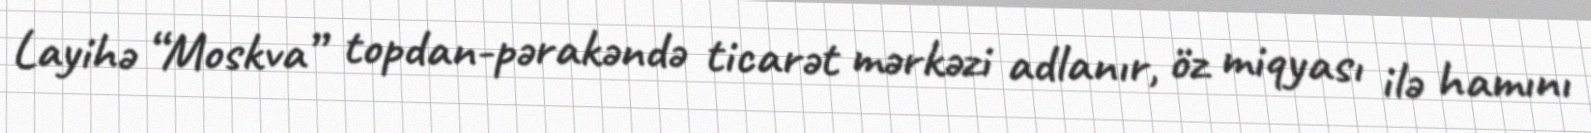
Layihə “Moskva” topdan-pərakəndə ticarət mərkəzi adlanır, öz miqyası ilə hamını